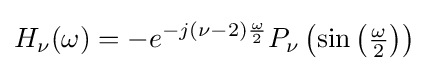
H_{\nu }(\omega )=-e^{-j{(\nu -2)}{\frac {\omega }{2}}}P_{\nu }\left(\sin \left({\tfrac {\omega }{2}}\right)\right)